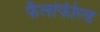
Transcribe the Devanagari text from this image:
फैलोफील्ड